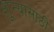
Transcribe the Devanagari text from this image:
शून्यासाठी